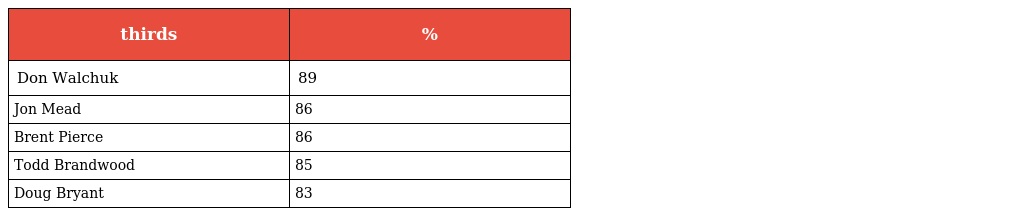
| thirds | % |
 | --- | --- |
 | Don Walchuk | 89 |
 | Jon Mead | 86 |
 | Brent Pierce | 86 |
 | Todd Brandwood | 85 |
 | Doug Bryant | 83 |